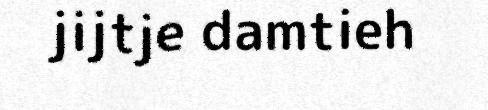
jijtje damtieh